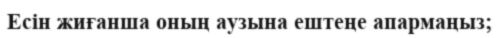
Есін жиғанша оның аузына ештеңе апармаңыз;